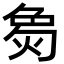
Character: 𬊟